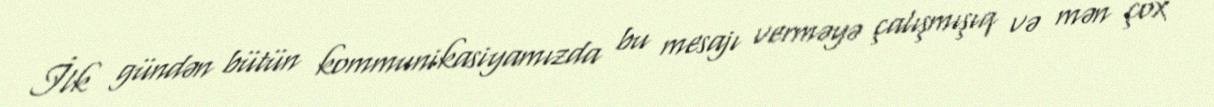
İlk gündən bütün kommunikasiyamızda bu mesajı verməyə çalışmışıq və mən çox